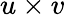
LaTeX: u\times v